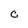
Character: C